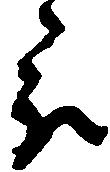
被